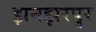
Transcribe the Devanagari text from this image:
झनझरपुर